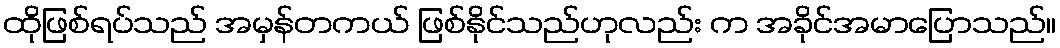
ထိုဖြစ်ရပ်သည် အမှန်တကယ် ဖြစ်နိုင်သည်ဟုလည်း က အခိုင်အမာပြောသည်။